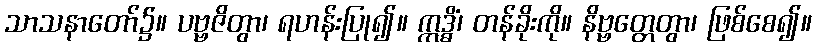
သာသနာတော်၌။ ပဗ္ဗဇိတွာ၊ ရဟန်းပြု၍။ ဣဒ္ဓိံ၊ တန်ခိုးကို။ နိဗ္ဗတ္တေတွာ၊ ဖြစ်စေ၍။